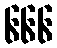
၆၆၆